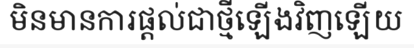
មិនមានការផ្តល់ជាថ្មីឡើងវិញឡើយ